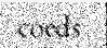
coeds